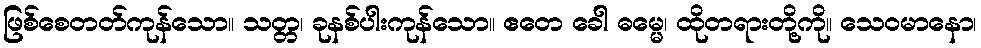
ဖြစ်စေတတ်ကုန်သော။ သတ္တ၊ ခုနစ်ပါးကုန်သော။ ဧတေ ခေါ ဓမ္မေ၊ ထိုတရားတို့ကို။ သေဝမာနော၊